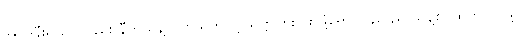
အင်ဒိုနီးရှားကလည်း နီကယ်နဲ့ ပတ်သက်လို့ သတ္တုတူးဖော်ဖို့ရော ပြန်လည် သန့်စင်ထုတ်လုပ်ဖို့